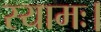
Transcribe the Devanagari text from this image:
स्यामः।